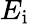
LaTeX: E_{\mathrm{i}}